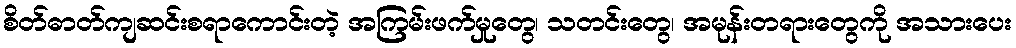
စိတ်ဓာတ်ကျဆင်းစရာကောင်းတဲ့ အကြမ်းဖက်မှုတွေ၊ သတင်းတွေ၊ အမုန်းတရားတွေကို အသားပေး